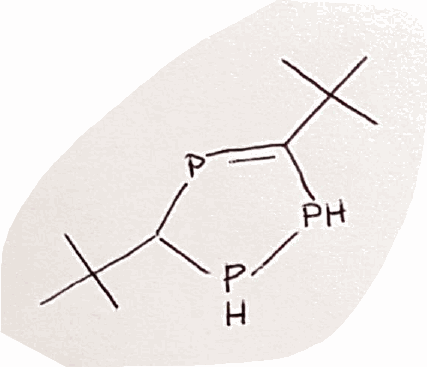
Simplified molecular-input line-entry system (SMILES) notation of the given molecule:
CC(C)(C)C1PPC(=P1)C(C)(C)C